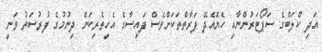
އަދި ކްލަބްގެ ސަޕޯޓަރުންނާއި ހެޔޮއެދޭ ފަރާތްތަކަށްވެސް ފައިސާގެ އެހީތެރިކަން ދިނުމުގެ ފުރުސަތު ވަނީ